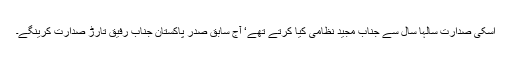
اسکی صدارت سالہا سال سے جناب مجید نظامی کیا کرتے تھے‘ آج سابق صدر پاکستان جناب رفیق تارڑ صدارت کرینگے۔